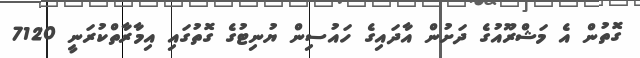
ގޮތުން އެ މަޝްރޫއުގެ ދަށުން އާދައިގެ ހައުސިން ޔުނިޓުގެ ގޮތުގައި އިމާރާތްކުރަނީ 7120